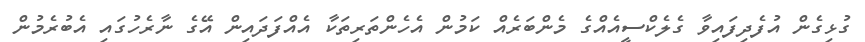
ގުޅިގެން އުފެދިފައިވާ ގެލެކްސީއެއްގެ މެންބަރެއް ކަމުން އެހެންތަރިތަކާ އެއްފަދައިން އޭގެ ނާރެހުގައި އެބުރެމުން